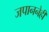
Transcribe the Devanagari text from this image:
जपाननेही